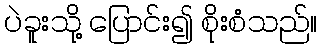
ပဲခူးသို့ ပြောင်း၍ စိုးစံသည်။